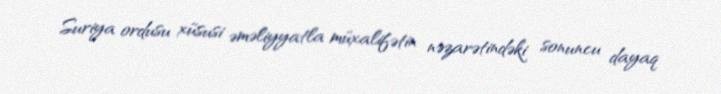
Suriya ordusu xüsusi əməliyyatla müxalifətin nəzarətindəki sonuncu dayaq